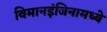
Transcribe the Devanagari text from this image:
विमानइंजिनामध्ये